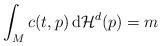
LaTeX: \begin{align*}\int_{M} c(t,p) \, \mathrm{d}\mathcal{H}^d(p) = m\end{align*}